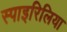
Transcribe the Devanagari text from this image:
स्पाइरिलिया